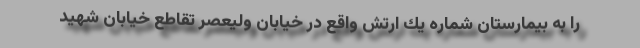
را به بیمارستان شماره یك ارتش واقع در خیابان ولیعصر تقاطع خیابان شهید